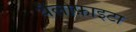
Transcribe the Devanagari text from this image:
थैलोफ़ाइटा